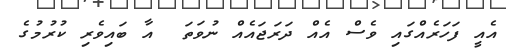
އެއީ ފަހަރެއްގައި ވެސް އެއް ދަރަޖައެއް ނުވަތަ  އާ ބައިވެރި ކުރުމުގެ